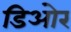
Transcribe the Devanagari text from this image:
डिओर